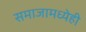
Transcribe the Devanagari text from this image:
समाजामध्येही